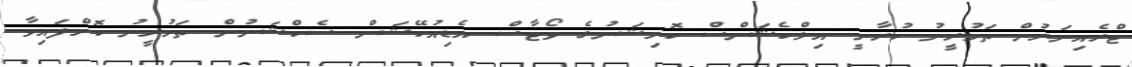
ޓްރެއިނަރުން ތަމުރީނު ކުރާނީ އިލްކެޝަންސް ކޮމިޝަނުގެ ވޯޓާސް އެޑިއުކޭޝަން ސެކްޝަނުން ތަމުރީނު ކޮށްފައިވާ